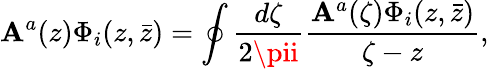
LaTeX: \mathbf{A}^{a}(z)\Phi_{i}(z,\bar{{z}})=\oint{\frac{{d\zeta}}{{2\pii}}}{\frac{{\mathbf{A}^{a}(\zeta)\Phi_{i}(z,\bar{{z}})}}{{\zeta-z}}},